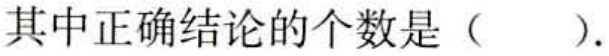
其中正确结论的个数是（  ）.